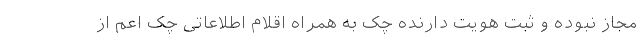
مجاز نبوده و ثبت هویت دارنده چک به همراه اقلام اطلاعاتی چک اعم از